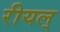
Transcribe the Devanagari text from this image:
रीयल्